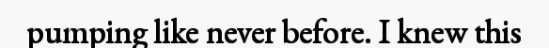
pumping like never before. I knew this